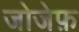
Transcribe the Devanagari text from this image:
जोजेफ़